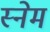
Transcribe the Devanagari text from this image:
स्नेम